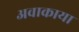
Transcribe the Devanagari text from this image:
अवाकाया